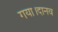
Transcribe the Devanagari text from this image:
गया।दानव